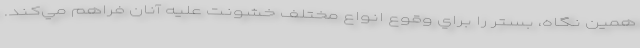
همين نگاه، بستر را براي وقوع انواع مختلف خشونت عليه آنان فراهم مي‌كند.